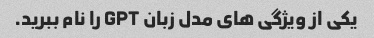
یکی از ویژگی های مدل زبان GPT را نام ببرید.